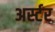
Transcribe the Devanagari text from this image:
अर्स्टर